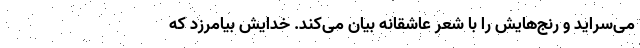
می‌سراید و رنج‌هایش را با شعر عاشقانه بیان می‌کند. خدایش بیامرزد که